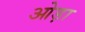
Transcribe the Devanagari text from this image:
ओड़ा